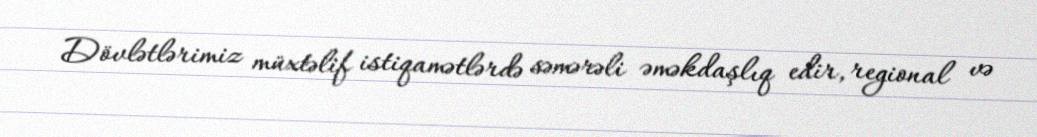
Dövlətlərimiz müxtəlif istiqamətlərdə səmərəli əməkdaşlıq edir, regional və